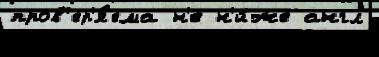
пров'ер'я́ема н'е н'и́же англ